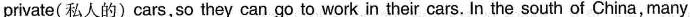
private(私人的)cars,so they can go to work in their cars. In the south of China,many